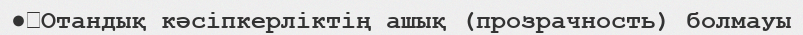
●	Отандық кәсіпкерліктің ашық (прозрачность) болмауы